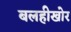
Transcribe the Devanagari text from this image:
बलहीखोर